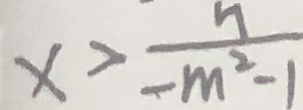
x > \frac { n } { - m ^ { 2 } - 1 }